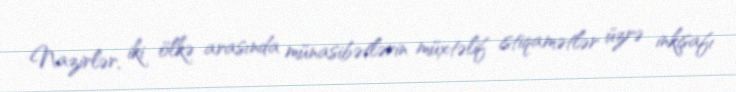
Nazirlər, iki ölkə arasında münasibətlərin müxtəlif istiqamətlər üzrə inkişafı